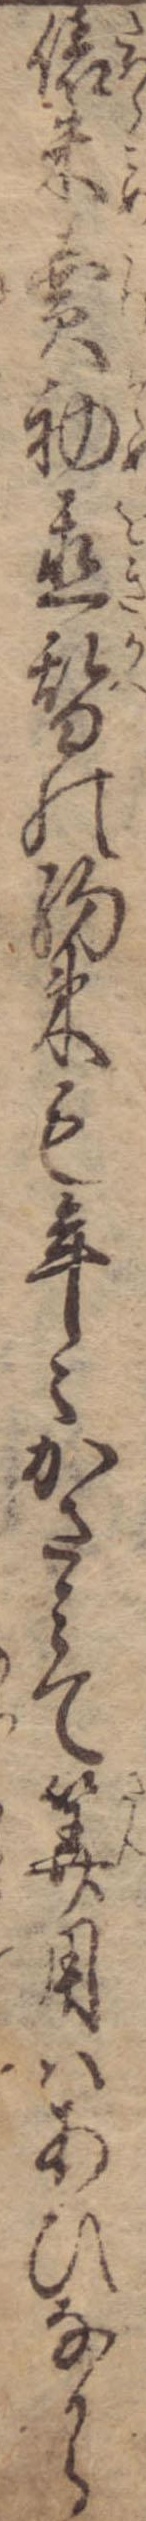
俵米売初置替の約束も年々かさみて算用はあひなから